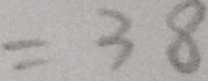
= 3 8